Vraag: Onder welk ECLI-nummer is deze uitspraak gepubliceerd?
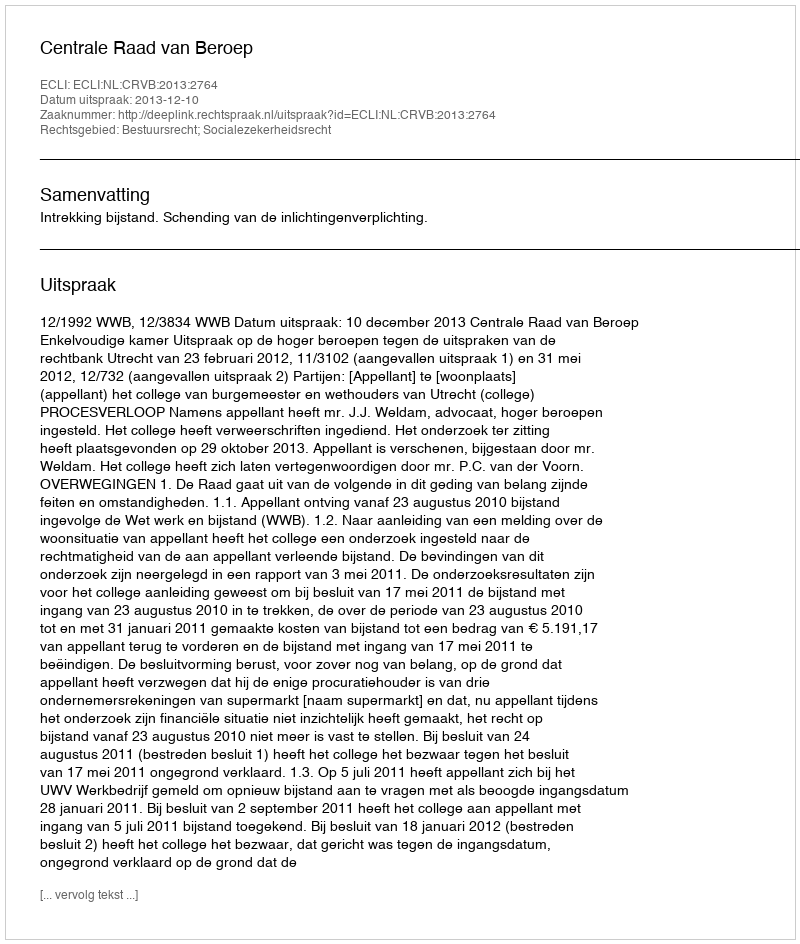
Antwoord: ECLI:NL:CRVB:2013:2764